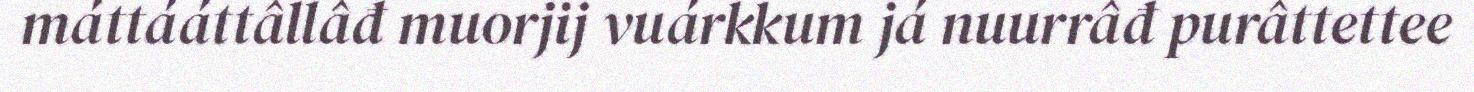
máttááttâllâđ muorjij vuárkkum já nuurrâđ purâttettee